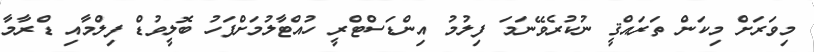
މިވަރަށް މިކަން ތަރައްޤީ ނުކުރެވޭނަމަ ފިލުމު އިންޑަސްޓްރީ ހުއްޓާލުމަށްފަހު ބޮލީވުޑް ފިލްމާއި ޑްރާމާ